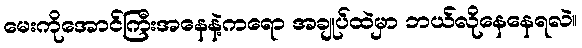
မေးကိုအောင်ကြီးအနေနဲ့ကရော အချုပ်ထဲမှာ ဘယ်လိုနေနေရလဲ။